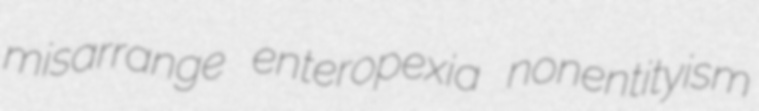
misarrange enteropexia nonentityism